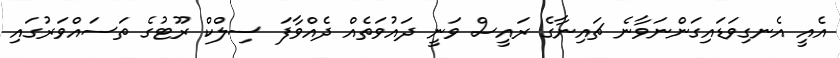
އެއީ އެނގިވަޑައިގަންނަވާނެ ޗައިނާގެ ރައީސް ވަނީ ދައުވަތެއް ދެއްވާފަ ސިލްކް ރޫޓުގެ ތަސައްވަރުގައި